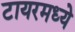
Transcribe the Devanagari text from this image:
टायरमध्ये